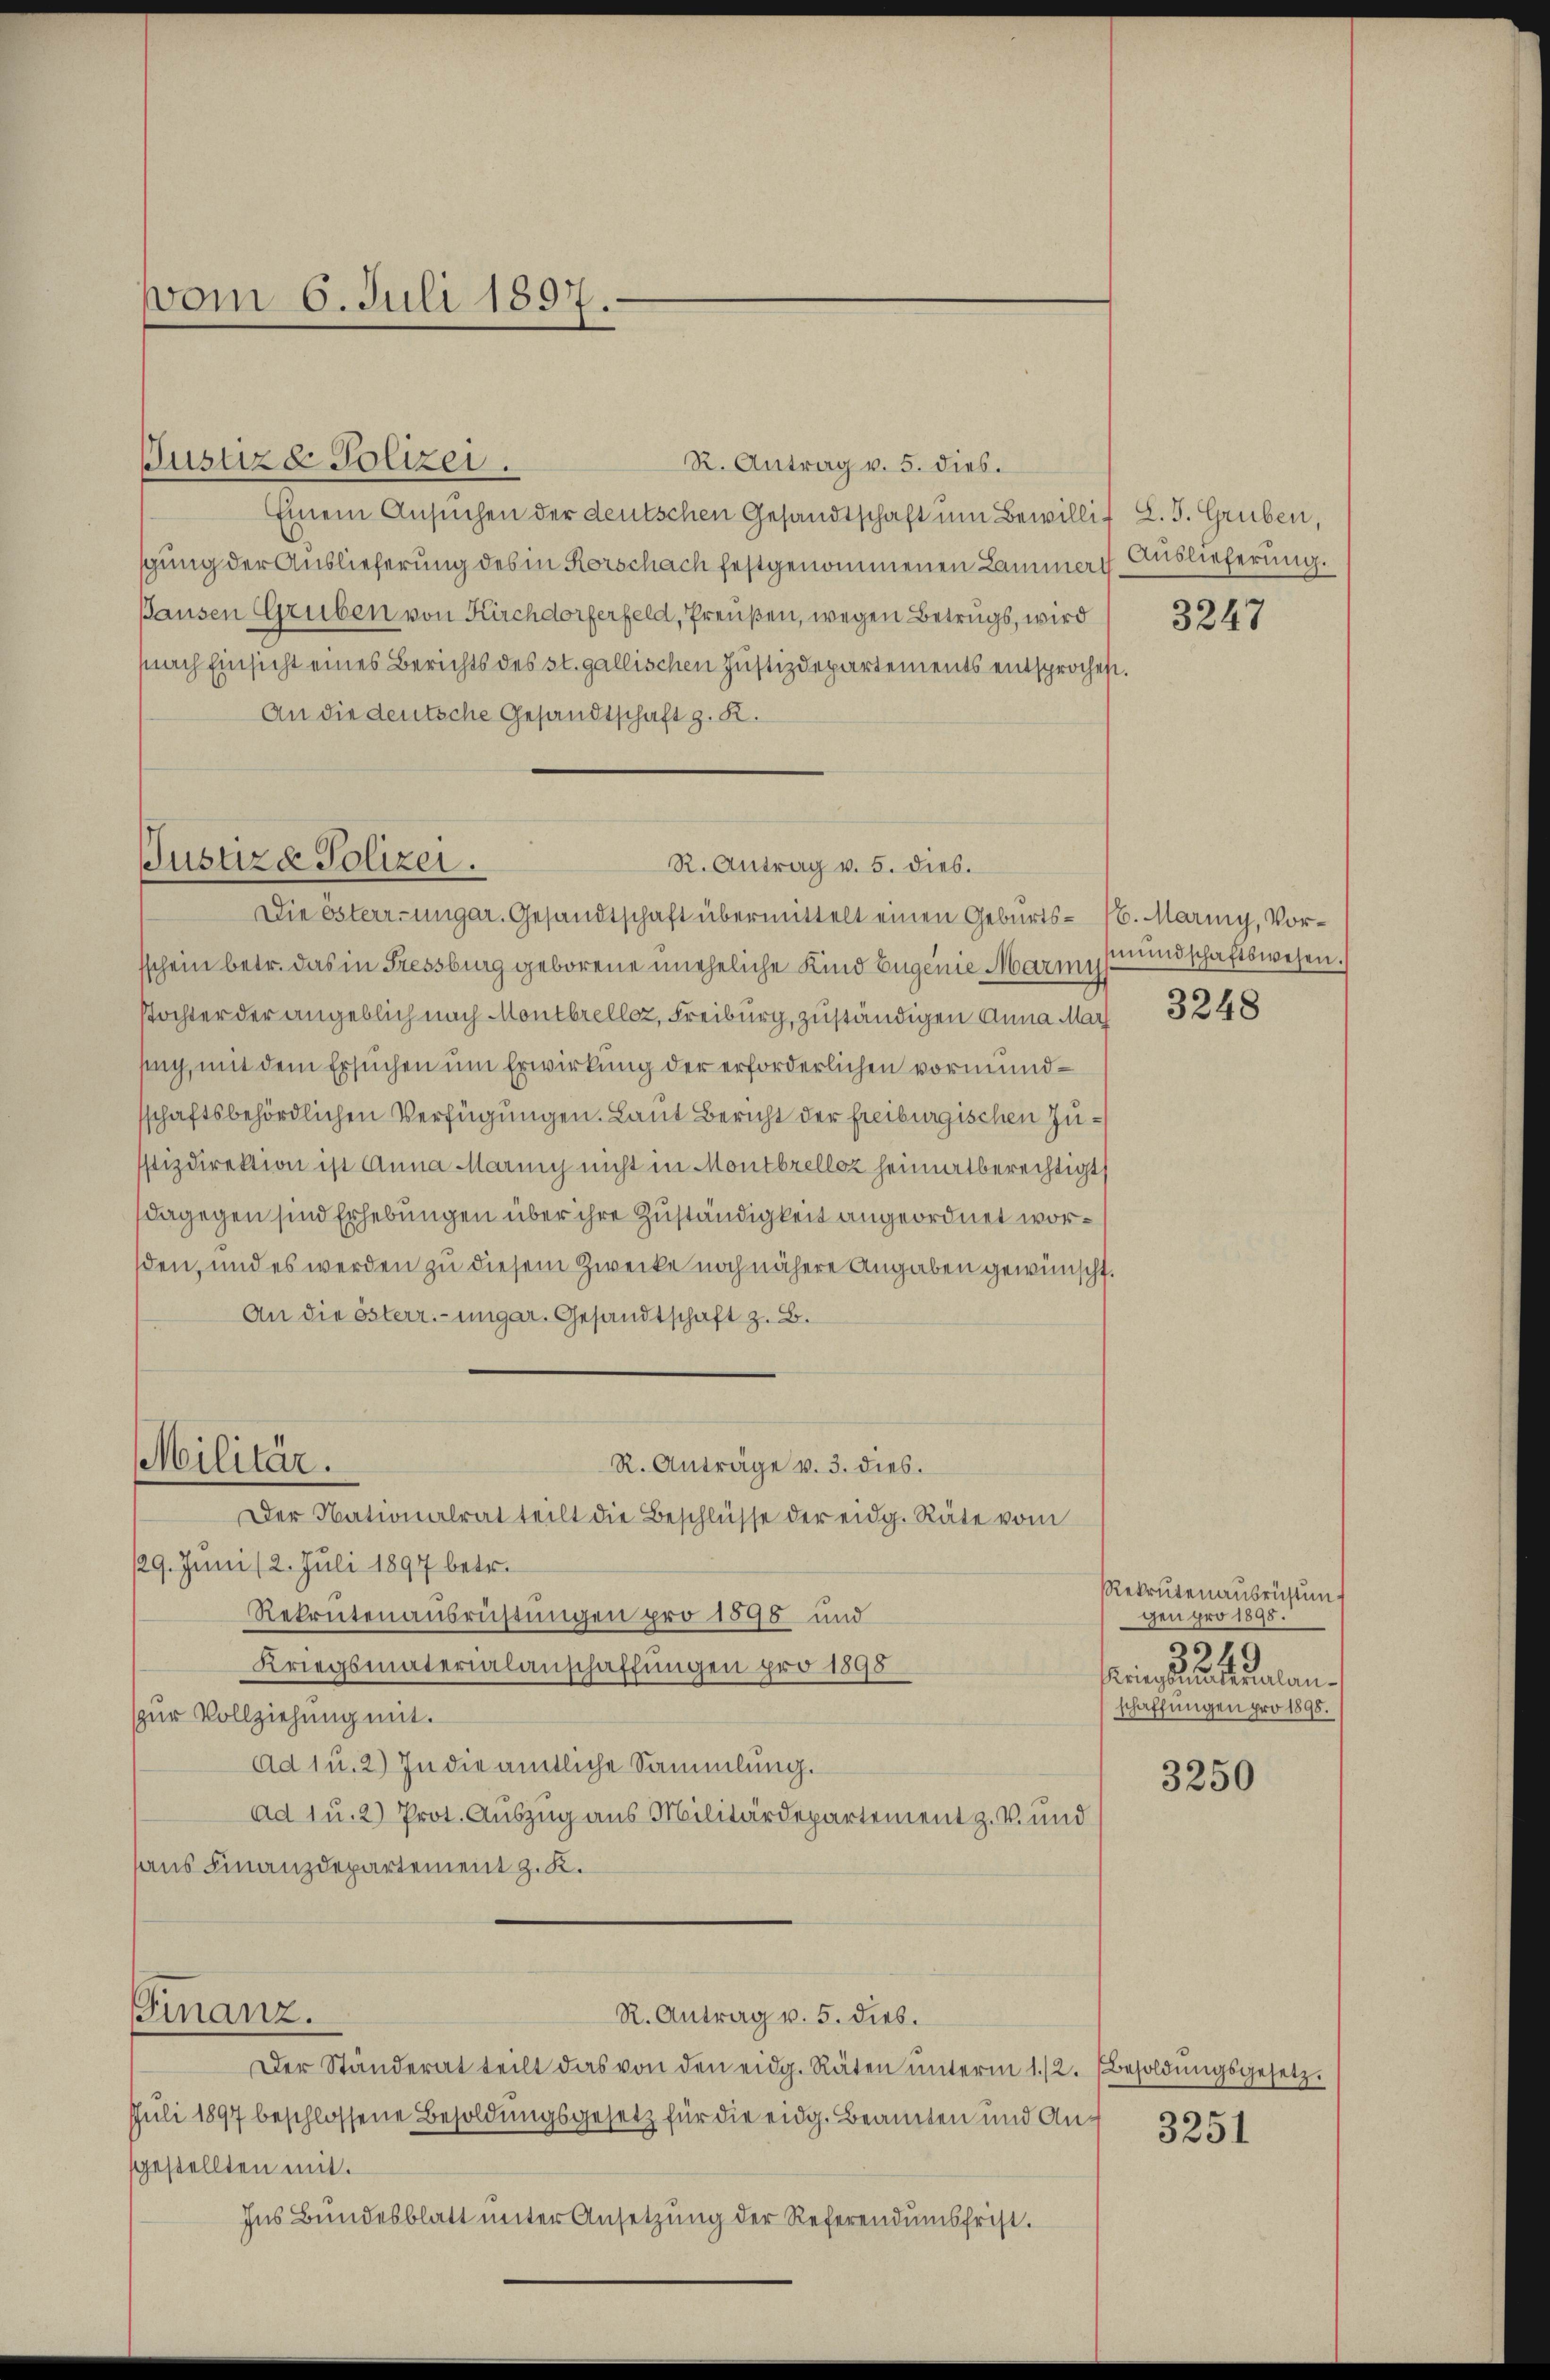
vom 6. Juli 1897.

R. Antrag v. 5. dies.
Einem Ansuchen der deutschen Gesandtschaft um Bewillischung der Auslieferung des in Rorschach festgenommenen Lammas Auslieferung.
Pausen Gruben von Kirchdorferfeld, Preußen, wegen Betrugs, wird
nach Einsicht eines Berichts des st. gallischen Justizdepartements entsprochen.
An die deutsche Gesandtschaft z. K.

Justiza Polizei.
R. Antrag v. 5. dies.
Die österr-ungar. Gesandtschaft übermittelt einen Geburts- 16. Mariny, Vor¬

Militär.

Justizd Polizei.

sschein betr. das in Fressburg geborene uneheliche Kind Eugenie Marmismundschaftswesen.
Tochter der angeblich nach Montbrellaz, Freiburg, zuständigen Anna Mar
such, mit dem Ersuchen um Erwirkung der erforderlichen vormundschaftsbehördlichen Verfügungen. Laut Bericht der freiburgischen Zustizdirektion ist Anna Mariny nicht in Montbrelloz heimatberechtigt
dagegen sind Erhebungen über ihre Zuständigkeit angeordnet worden, und es werden zu diesem Zwecke noch nähere Angaben gewünscht.
An die österr.-ungar. Gesandtschaft z. B.
R. Anträge v. 3. dies.
Der Nationalrat teilt die Beschlüsse der eidg. Räte vom
129. Juni /2. Juli 1897 betr.
Rekrutenausrichtungen pro 1896 und
Kriegsmaterialanschaffungen pro 1898
zur Vollziehung mit.
Ad 1 u. 2) In die amtliche Sammlung.
Ad 1 u. 2) Prot. Auszug aus Militärdepartement z. B. und
aus Finanzdepartement z. K.
Finanz.
R. Antrag v. 5. dieb.
Der Ständerat teilt das von den eidg. Räten ŭnterm 1./2. Besoldŭngsgesetz
Juli 1897 beschlossene Besoldungsgesetz für die eidg. Beamten und Ansgestellten mit.
Ins Bundesblatt unter Ansetzŭng der Referendumsfrist.

L. J. Gruben,

3247

3248

Rekrutenausrüstungen pro 1898.
s
249
Kriegsmaterialanschaffungen pro 1898.

3250

3251